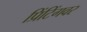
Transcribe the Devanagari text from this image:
प्रिंटिंगवर